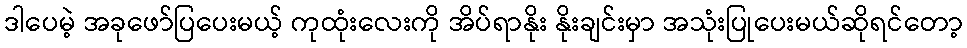
ဒါပေမဲ့ အခုဖော်ပြပေးမယ့် ကုထုံးလေးကို အိပ်ရာနိုး နိုးချင်းမှာ အသုံးပြုပေးမယ်ဆိုရင်တော့